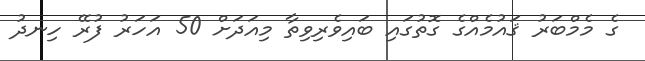
ގެ މެމްބަރު ޤައުމެއްގެ ގޮތުގައި ބައިވެރިވިތާ މިއަދަށް 50 އަހަރު ފުރޭ ހިނދު